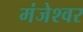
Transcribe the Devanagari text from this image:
मंजेश्वर